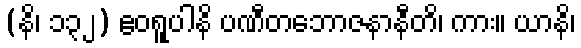
(နိ၊ ၁၃၂) ဧဝရူပါနိ ပဏီတဘောဇနာနီတိ၊ ကား။ ယာနိ၊